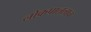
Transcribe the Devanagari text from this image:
लोकपाललाच